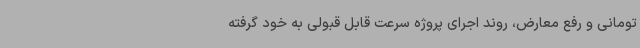
تومانی و رفع معارض، روند اجرای پروژه سرعت قابل قبولی به خود گرفته